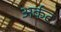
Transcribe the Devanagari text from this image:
अर्कट